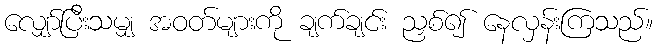
လျှော်ပြီးသမျှ အဝတ်များကို ချက်ချင်း ညှစ်၍ နေလှန်းကြသည်။